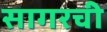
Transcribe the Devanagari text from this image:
सागरची